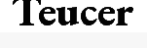
Teucer